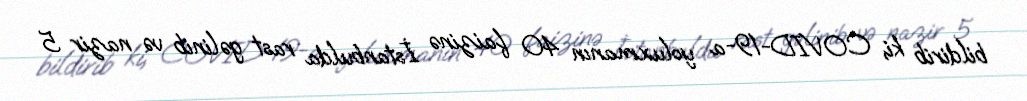
bildirib ki, COVID-19-a yoluxmanın 40 faizinə İstanbulda rast gəlinib və nazir 5